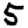
Digit: 5